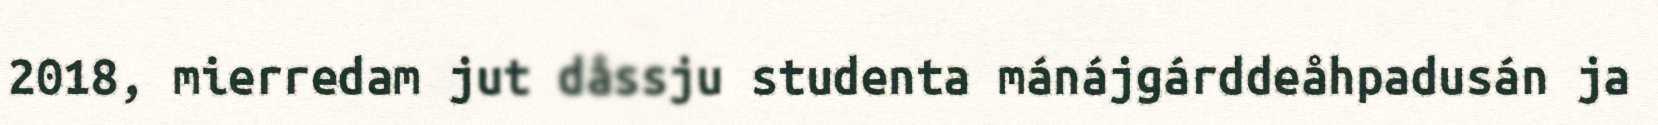
2018, mierredam jut dåssju studenta mánájgárddeåhpadusán ja